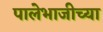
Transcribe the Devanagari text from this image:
पालेभाजीच्या